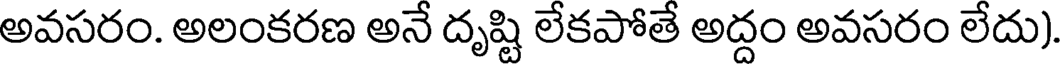
అవసరం. అలంకరణ అనే దృష్టి లేకపోతే అద్దం అవసరం లేదు)